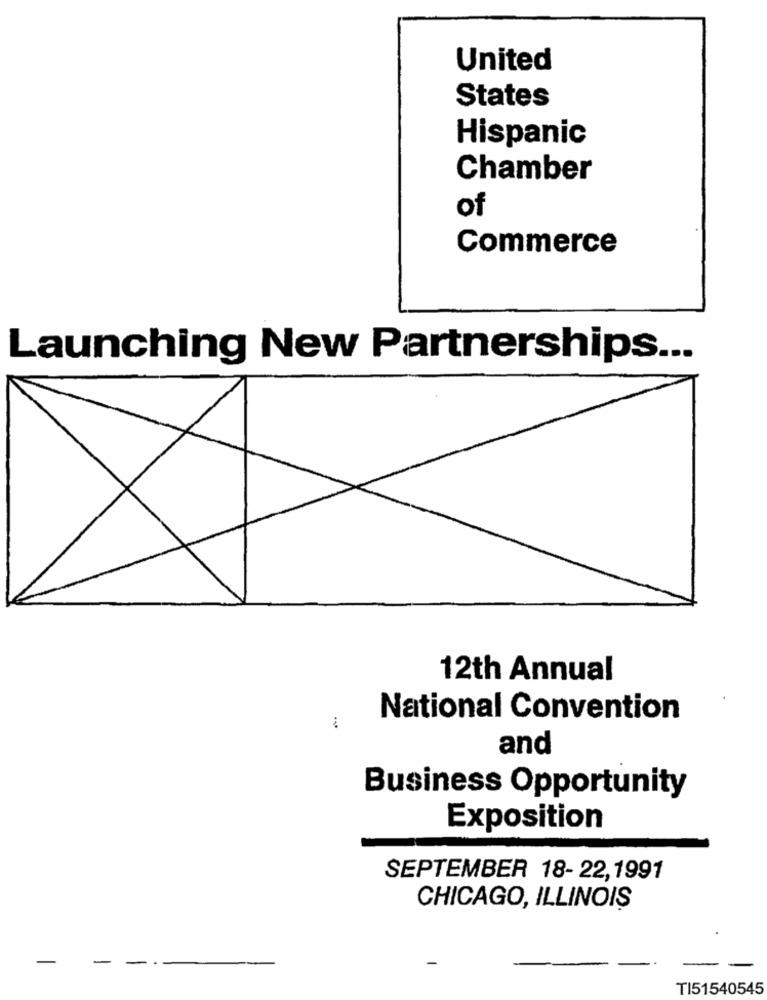
United
States
Hispanic
Chamber
of
Commerce
Launching New Partnerships ...
12th Annual
National Convention
and
Business Opportunity
Exposition
SEPTEMBER 18- 22,1991
CHICAGO, ILLINOIS
-
TI51540545